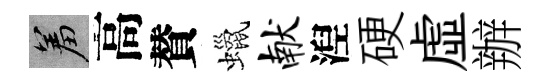
羞高賛蠟献湼硬虛辦